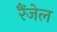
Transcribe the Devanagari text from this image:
रैंजेल